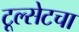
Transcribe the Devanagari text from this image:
टूल्सेटचा